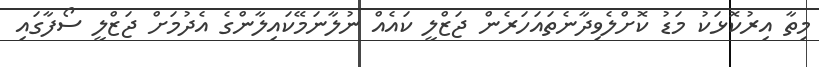
މިތާ އިރުކޮޅަކު މަޑު ކޮށްލެވިދާނެތައަހަރެން ޖަޒްލީ ކައެއް ނުލާނަމޭކައިލާންގެ އެދުމަށް ޖަޒްލީ ސޯފާގައި